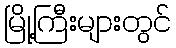
မြို့ကြီးများတွင်